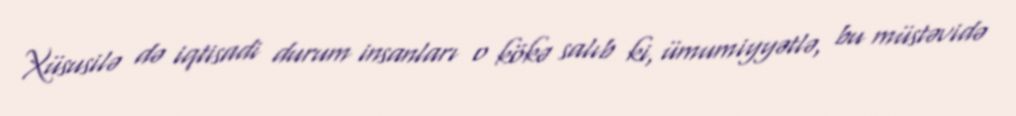
Xüsusilə də iqtisadi durum insanları o kökə salıb ki, ümumiyyətlə, bu müstəvidə